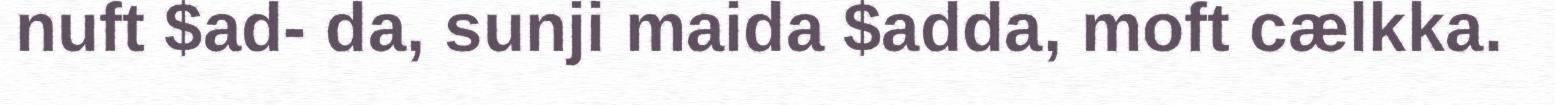
nuft $ad- da, sunji maida $adda, moft cælkka.